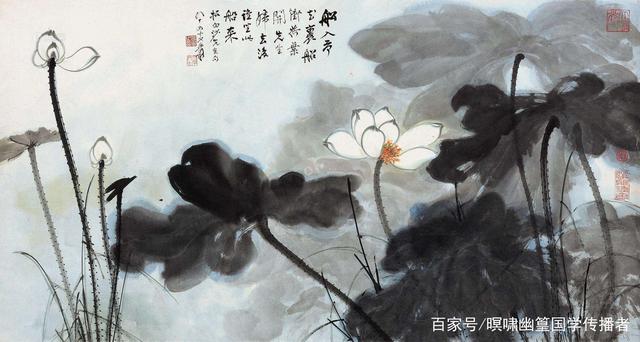
苦雨思白日，浮云何由卷。